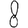
Digit: 8